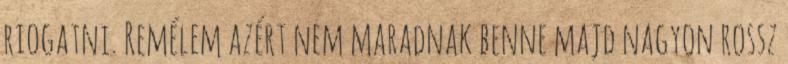
riogatni. Remélem azért nem maradnak benne majd nagyon rossz